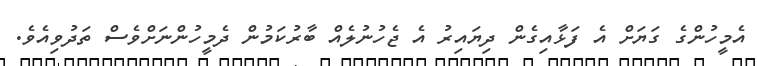
އެމީހުންގެ ގަޔަށް އެ ފަޅާއިގެން ދިޔައިރު އެ ޖެހުނުލެއް ބާރުކަމުން ދެމީހުންނަށްވެސް ތަދުވިއެވެ.